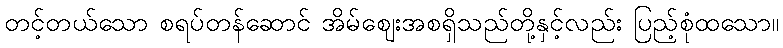
တင့်တယ်သော စရပ်တန်ဆောင် အိမ်ဈေးအစရှိသည်တို့နှင့်လည်း ပြည့်စုံထသော။